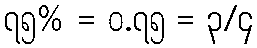
၇၅% = ၀.၇၅ = ၃/၄